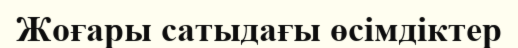
Жоғары сатыдағы өсімдіктер